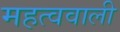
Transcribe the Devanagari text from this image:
महत्ववाली